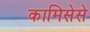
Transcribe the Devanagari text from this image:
कामिसेसे